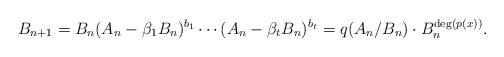
LaTeX: \begin{align*} B_{n+1} = B_n (A_n-\beta_1 B_n)^{b_1}\cdots (A_n-\beta_t B_n)^{b_t} = q(A_n/B_n) \cdot B_n^{{\rm deg}(p(x))}. \end{align*}